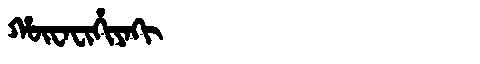
Manchu: ᡥᡡᠸᠠᠸᡳᡥᡳᠶᠠᡴᡳ
Romanization: HŪWAFIHIYAKI